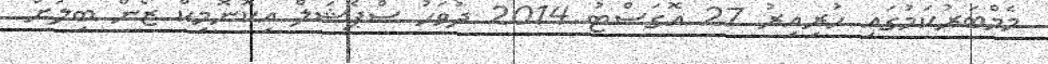
މެމްބަރުކަމުގައި ހުރިއިރު 27 އޮގަސްޓު 2014 ދުވަހު ސްޕެޝަލް އިކޮނޮމިކް ޒޯން ބިލަށް